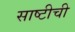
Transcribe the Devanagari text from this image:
साष्टीची